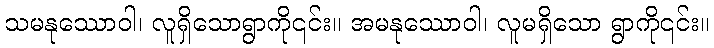
သမနုဿောဝါ၊ လူရှိသောရွာကို၎င်း။ အမနုဿောဝါ၊ လူမရှိသော ရွာကို၎င်း။